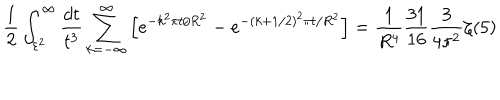
LaTeX: \frac { 1 } { 2 } \int _ { \varepsilon ^ { 2 } } ^ { \infty } \frac { d t } { t ^ { 3 } } \sum _ { k = - \infty } ^ { \infty } \left[ e ^ { - k ^ { 2 } \pi t / R ^ { 2 } } - e ^ { - ( k + 1 / 2 ) ^ { 2 } \pi t / R ^ { 2 } } \right] = \frac { 1 } { R ^ { 4 } } \frac { 3 1 } { 1 6 } \frac { 3 } { 4 \pi ^ { 2 } } \zeta ( 5 )